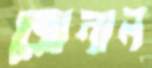
জোনাল